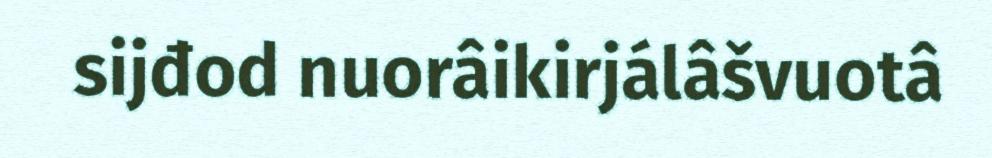
sijđod nuorâikirjálâšvuotâ